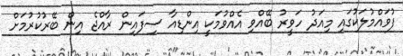
ފުވައްމުލަކުގައި މިއަދު ހަވީރު ބޭއްވި އެއްވުމަކީ އިންޑިއާ ސިފައިން ރާއްޖެ އިން ބޭރުކުރުމަށް